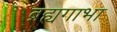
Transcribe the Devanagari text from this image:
ब्रह्यगाभा